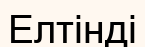
Елтінді